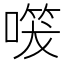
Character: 𭊔